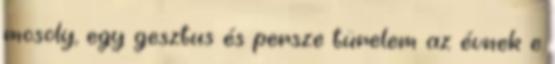
mosoly, egy gesztus és persze türelem az évnek e